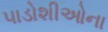
પાડોશીઓના